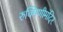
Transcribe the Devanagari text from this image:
रुक्मिणीमंदिर